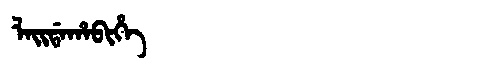
Manchu: ᠯᠠᡳᡩᠠᡥᠠᠪᡳᡥᡝ
Romanization: LAIDAHABIHE